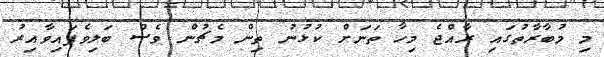
މި މުބާރާތުގައި ރާއްޖެ މިހާ ތަނަށް ކުޅުނު ތިން މެޗުން ވެސް ބަލިވެފައިވާއިރު